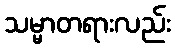
သမ္မာတရားလည်း